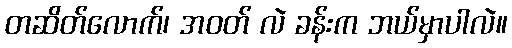
တဆိတ်လောက်၊ အဝတ် လဲ ခန်းက ဘယ်မှာပါလဲ။